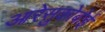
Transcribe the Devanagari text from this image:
आरेसुकोबोई